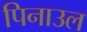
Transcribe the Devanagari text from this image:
पिनाउल